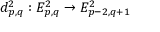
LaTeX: d _ { p , q } ^ { 2 } : E _ { p , q } ^ { 2 } \to E _ { p - 2 , q + 1 } ^ { 2 }